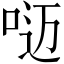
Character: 𰇥